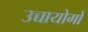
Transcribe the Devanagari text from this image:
उच्चायोगों